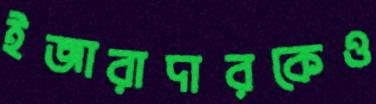
ইজারাদারকেও